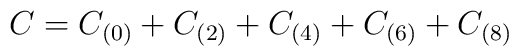
C = C_{(0)} + C_{(2)} + C_{(4)} + C_{(6)} + C_{(8)}